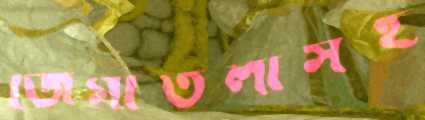
জিগাতলাসহ